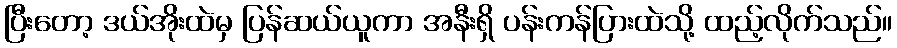
ပြီးတော့ ဒယ်အိုးထဲမှ ပြန်ဆယ်ယူကာ အနီးရှိ ပန်းကန်ပြားထဲသို့ ထည့်လိုက်သည်။